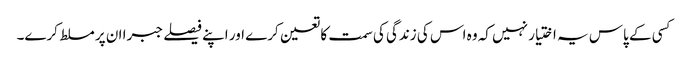
کسی کے پاس یہ اختیار نہیں کہ وہ اس کی زندگی کی سمت کا تعین کرے اور اپنے فیصلے جبرا ان پر مسلط کرے۔